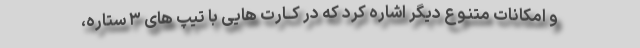
و امکانات متنـوع دیگر اشاره کرد که در کــارت هایی با تیپ های ۳ ستاره،